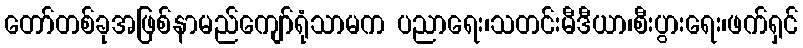
တော်တစ်ခုအဖြစ်နာမည်ကျော်ရုံသာမက ပညာရေး၊သတင်းမီဒီယာ၊စီးပွားရေး၊ဖက်ရှင်